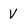
Character: V